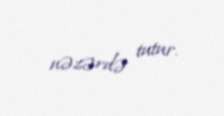
nəzərdə tutur.